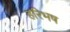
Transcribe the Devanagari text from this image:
हरिभष